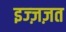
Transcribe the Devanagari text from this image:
इज्ज़ज़त